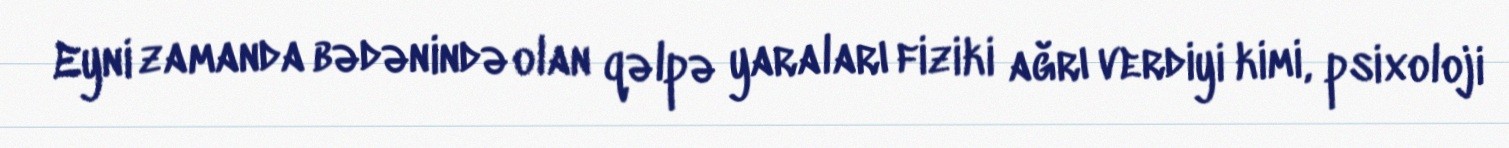
Eyni zamanda bədənində olan qəlpə yaraları fiziki ağrı verdiyi kimi, psixoloji